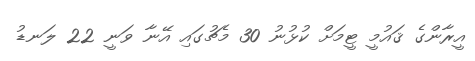
އީރާންގެ ޤައުމީ ޓީމަށް ކުޅުނު 30 މެޗުގައި އޭނާ ވަނީ 22 ލަނޑު